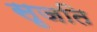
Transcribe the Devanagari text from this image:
सृजति